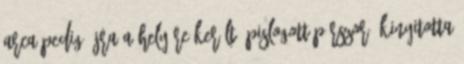
arca pedig újra a helyére került. Pislogott párszor, kinyitotta